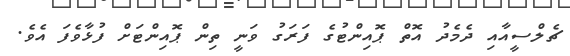
ޗެލްސީއާއި ދެމެދު އޮތް ޕޮއިންޓުގެ ފަރަގު ވަނީ ތިން ޕޮއިންޓަށް ފުޅާވެފަ އެވެ.